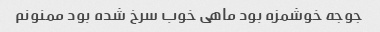
جوجه خوشمزه بود ماهی خوب سرخ شده بود ممنونم